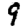
Digit: 9